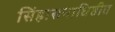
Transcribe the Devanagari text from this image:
सिंहासनाधिष्ठीत